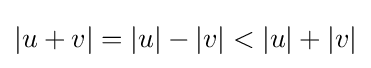
|u+v|=|u|-|v|<|u|+|v|